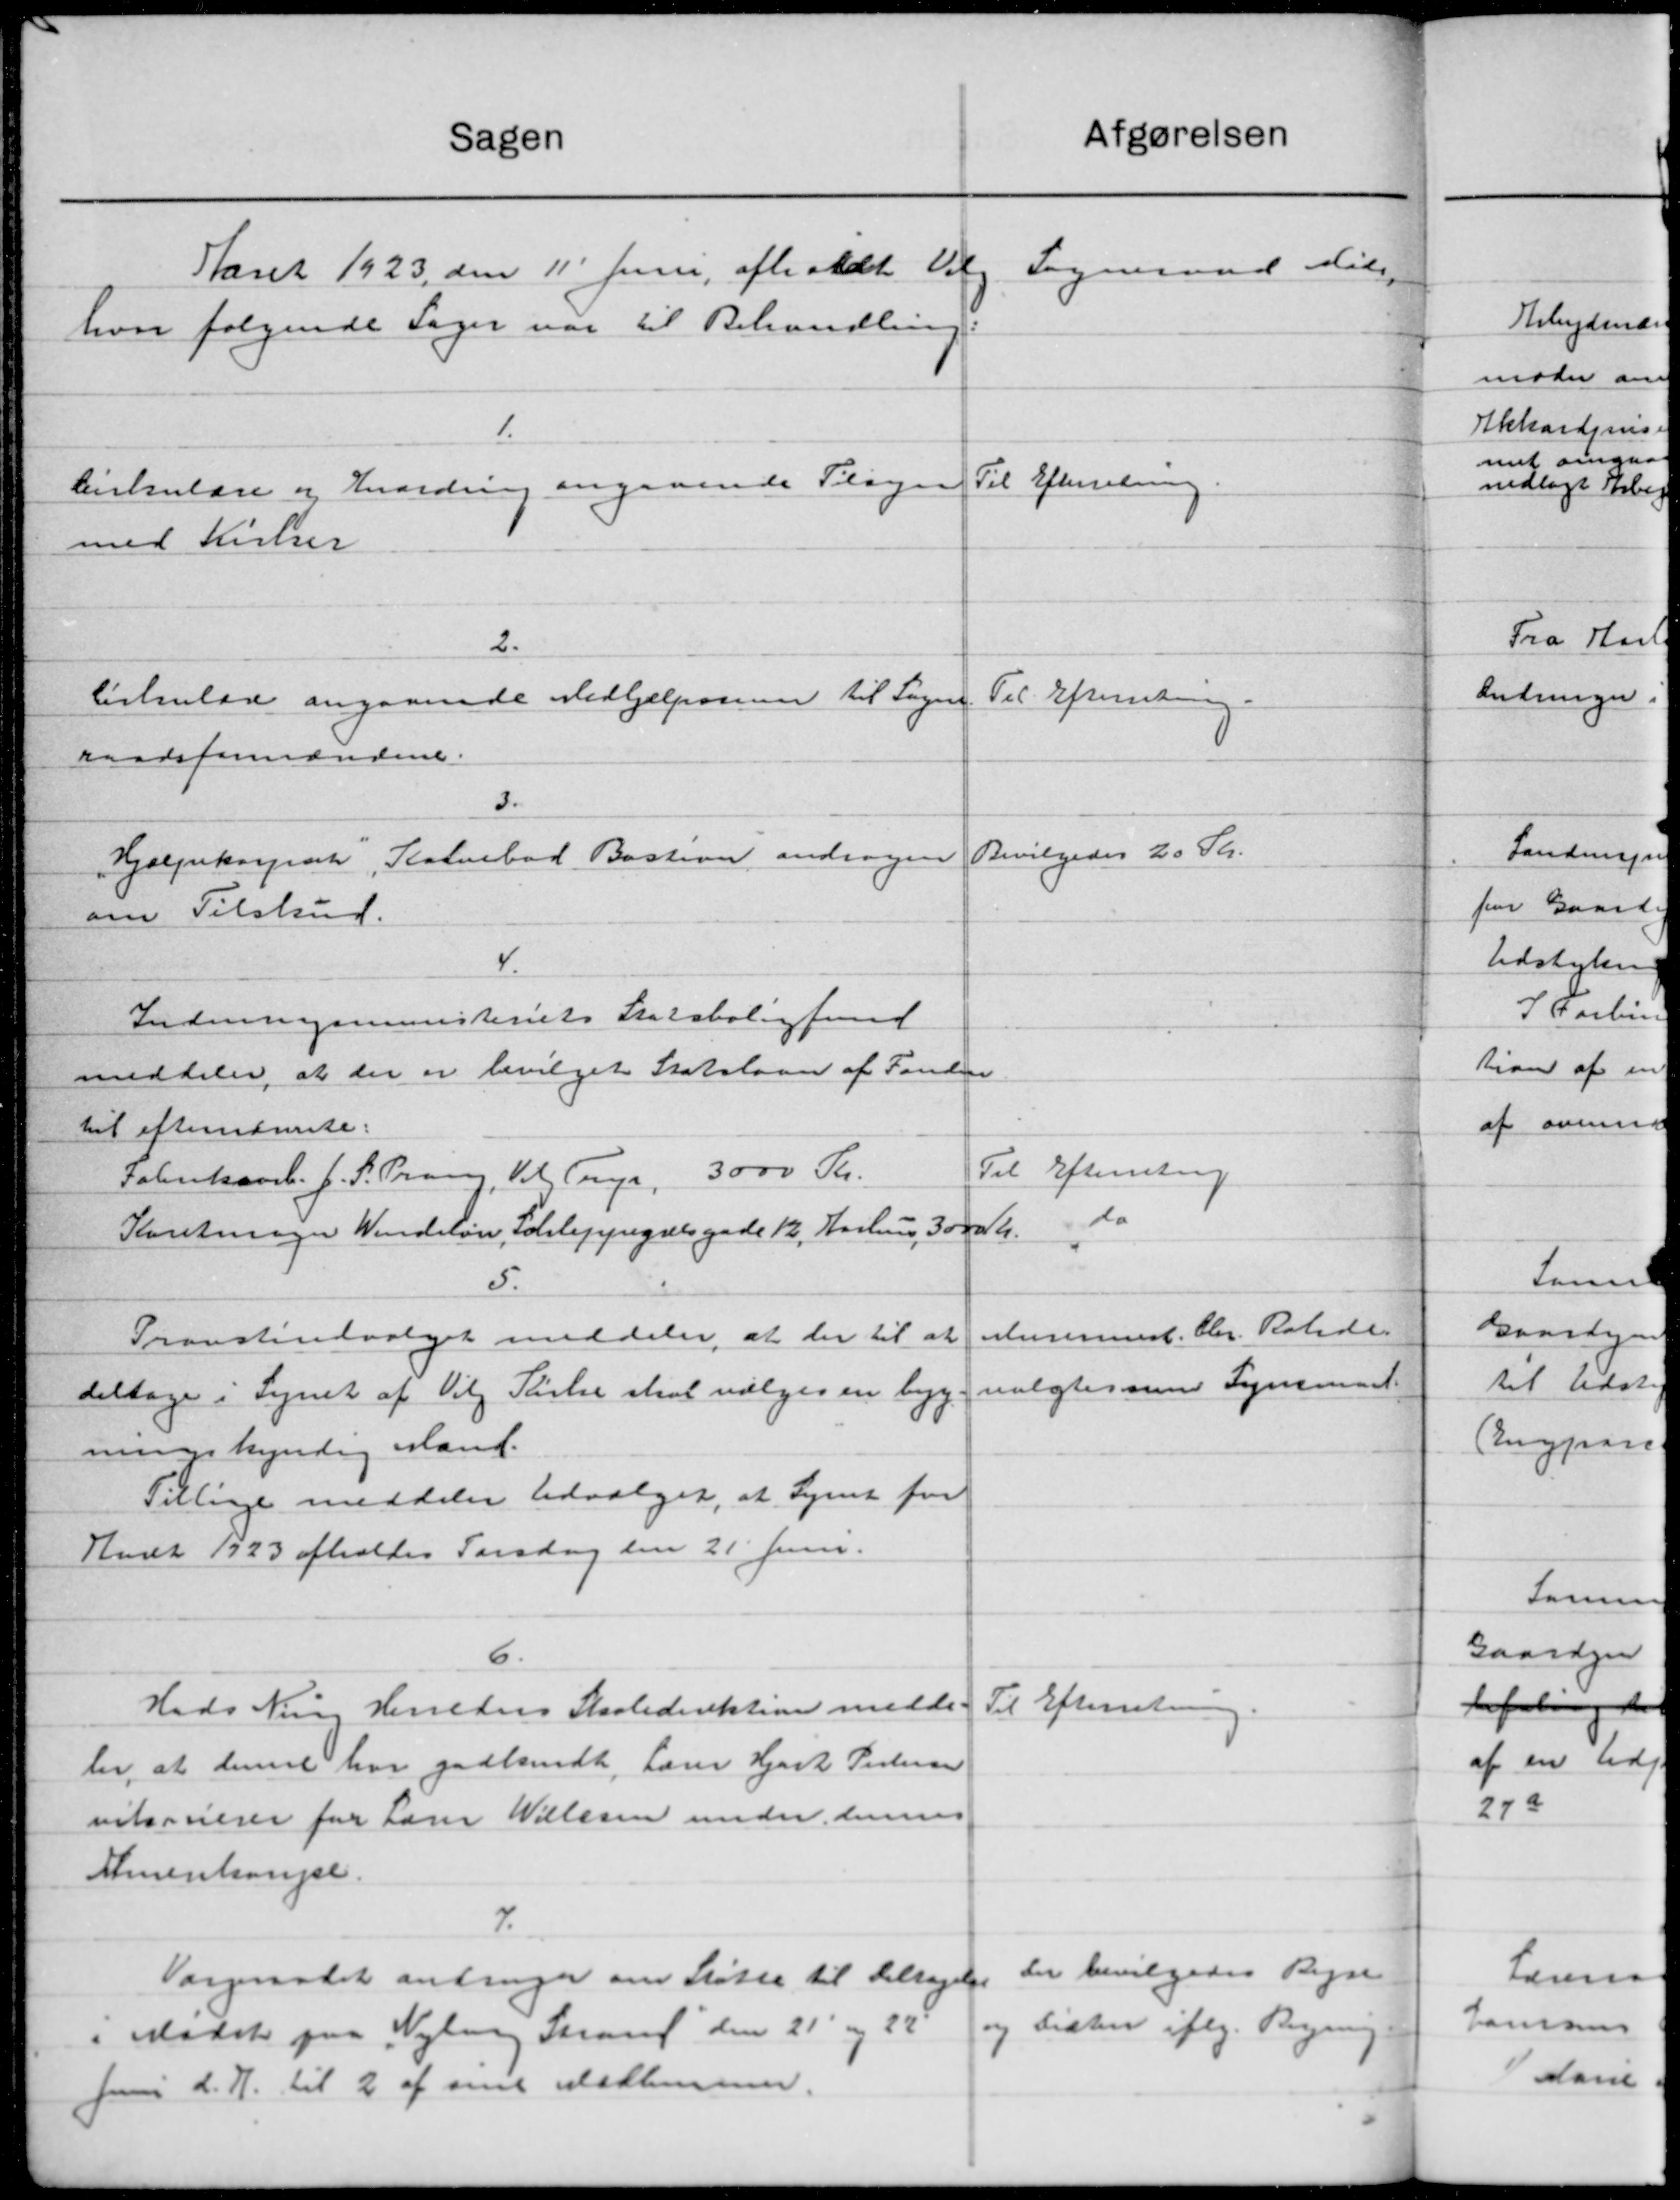
Transskription:
Afgørelsen
Sagen
Sogneraad sids
Aaret 1923 den 11' Juni afholdt Valg
hvor følgende Sager var til Behandling.
1.
Til Efterretning.
Cirkulære og Enordring angaaende Tilsyn
med Kirker
2.
Til Efterretning.
Cirkulære angaaende Medhjelperne til Sogen
raadsformændene.
3.
Bevilgedes 20 Kr.
Hjælpekassenk, Kalvebod Bastion andragen
om Tilskud.
4.
Indenrigsministeriets Statsbolig fund
meddeler, at der er bevilget Statslaan af Fonden
til efterretninge:
Til Efterretning
Fabrikant. J. S. Prang til Trup, 3000 Kr.
do
Korretninger Windeløn, Schlepengselsgade 12, Aarhus 300 Kr.
5.
Murermest Chr. Ratiden
Provstiudvalget meddeler, at der til at
valgtes med Synsmand
deltage i Synet af Vilg Pigelse skal vælges en byg
ningskyndig Mand.
Tillige meddeler Udvalget, at Synet for
Aaret 1923 afholdes Torsdag den 21 Juni.
6.
Til Efterretning.
Hads Niels Herreders Skoledirektion medde.
ler, at denne har godkendt, Lærer Hjort Pedersen
vilsonerer for Laur Willesen under dennes
Almentangse
7.
der bevilgedes Regn
Vargeraadet anbrager om Støtte til Deltagelse
og Listen iflg. Bygning
i Mødet paa Nyborg Strand den 21' og 22
Juni d. A. til 2 af sine Medlemmer.